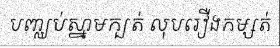
បញ្ឈប់ស្នាមក្បត់ លុបរឿងកម្សត់